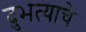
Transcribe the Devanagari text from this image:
दुभत्याचे